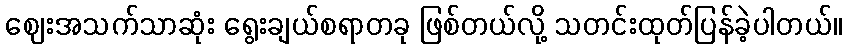
ဈေးအသက်သာဆုံး ရွေးချယ်စရာတခု ဖြစ်တယ်လို့ သတင်းထုတ်ပြန်ခဲ့ပါတယ်။